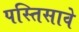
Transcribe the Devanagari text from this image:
पस्तिसावे